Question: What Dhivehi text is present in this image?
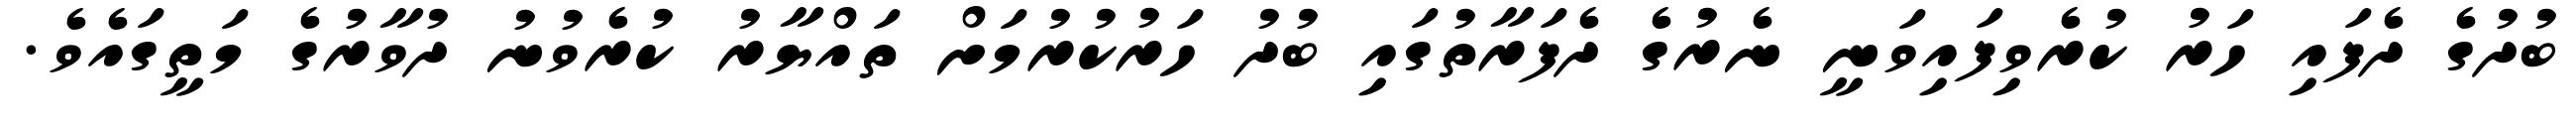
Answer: ބުދުގެ ދެފައި ހަރު ކުރެވިފައިވަނީ ނެރުގެ ދެފަރާތުގައި ބުދު ހަރުކުރުމަށް ތައްޔާރު ކުރެވުނު ދުވާރުގެ މަތީގައެވެ.